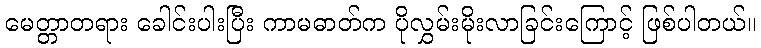
မေတ္တာတရား ခေါင်းပါးပြီး ကာမဓာတ်က ပိုလွှမ်းမိုးလာခြင်းကြောင့် ဖြစ်ပါတယ်။